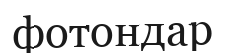
фотондар